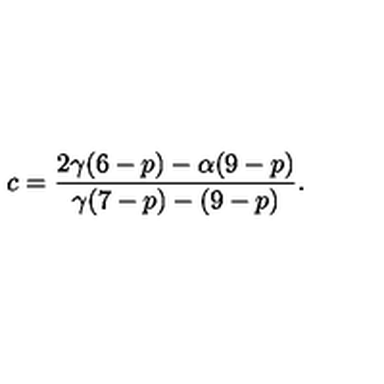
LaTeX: c = \frac { 2 \gamma ( 6 - p ) - \alpha ( 9 - p ) } { \gamma ( 7 - p ) - ( 9 - p ) } .